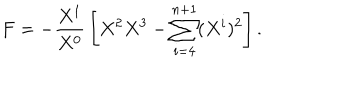
F = - { \frac { X ^ { 1 } } { X ^ { 0 } } } \left[ X ^ { 2 } X ^ { 3 } - \sum _ { i = 4 } ^ { n + 1 } ( X ^ { i } ) ^ { 2 } \right] .